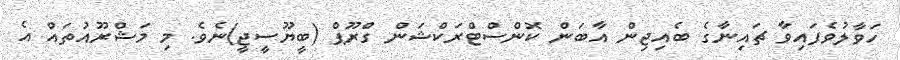
ހަވާލުވެފައިވާ ޗައިނާގެ ބެއިޖިން އާބަން ކޮންސްޓްރަކްޝަން ގްރޫޕް (ބީޔޫސީޖީ)ނެވެ. މި މަޝްރޫއުތައް އެ